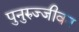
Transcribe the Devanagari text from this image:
पुनुरुज्जीवन